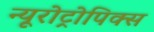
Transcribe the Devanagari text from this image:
न्यूरोट्रोपिक्स